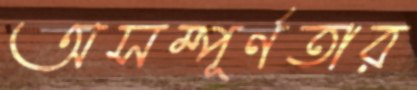
অসম্পূর্ণতার